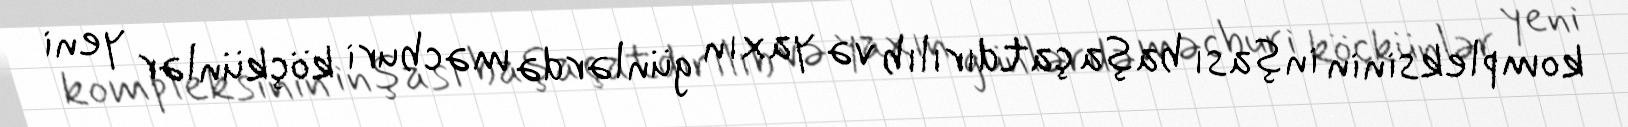
kompleksinin inşası başa çatdırılıb və yaxın günlərdə məcburi köçkünlər yeni